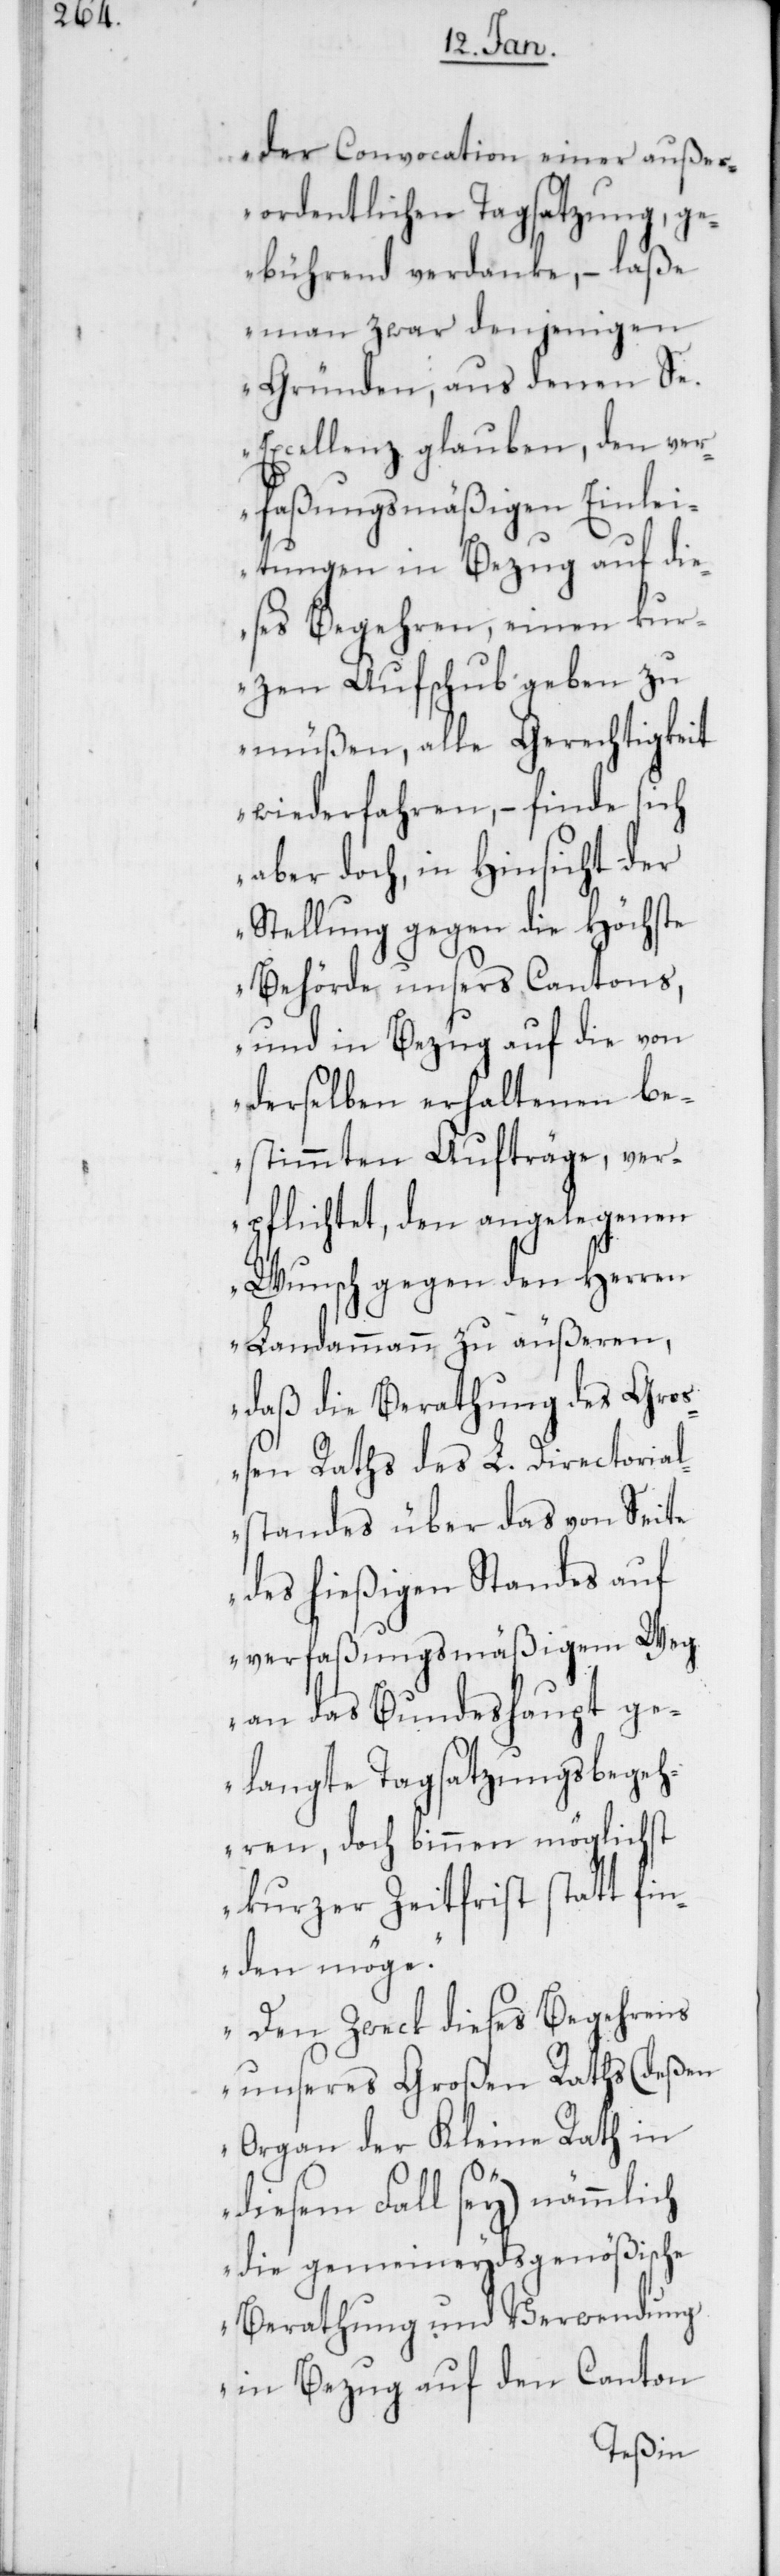
der Convocation einer außer¬
ordentlichen Tagsatzung, ge¬
bührend verdanke, – laße
man zwar denjenigen
Gründen, aus denen Se.
Excellenz glauben, den ver¬
faßungsmäßigen Einlei¬
tungen in Bezug auf die¬
ses Begehren, einen kur¬
zen Aufschub geben zu
müßen, alle Gerechtigkeit
wiederfahren, – finde sich
aber doch, in Hinsicht der
Stellung gegen die höchste
Behörde unsers Cantons,
und in Bezug auf die von
derselben erhaltenen be¬
stimmten Aufträge, ver¬
pflichtet, den angelegenen
Wunsch gegen den Herren
Landammann zu äußeren,
daß die Berathung des Groß¬
en Raths des L. Directorial¬
standes über das von Seite
des hießigen Standes auf
verfaßungsmäßigem Weg
an das Bundeshaupt ge¬
langte Tagsatzungsbegeh¬
ren, doch binnen möglichst
kurzer Zeitfrist statt fin¬
den möge.
Den Zweck dieses Begehrens
unseres Großen Raths (deßen
Organ der Kleine Rath in
diesem Fall sey) nämmlich
die gemeineydsgenößische
Berathung und Verwendung
in Bezug auf den Canton